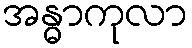
အန္ဓာကုလာ